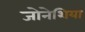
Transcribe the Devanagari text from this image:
जोनेशिया